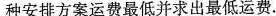
种安排方案运费最低并求出最低运费。